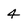
Character: 4